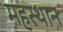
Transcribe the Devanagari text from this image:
महस्थान